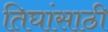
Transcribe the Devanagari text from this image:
तिघांसाठी